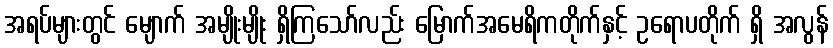
အရပ်များတွင် မျောက် အမျိုးမျိုး ရှိကြသော်လည်း မြောက်အမေရိကတိုက်နှင့် ဥရောပတိုက် ရှိ အလွန်